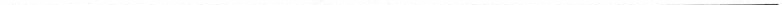
___